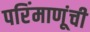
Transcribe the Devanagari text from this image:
परिंमाणूंची